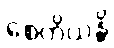
စေတိယန္တိ